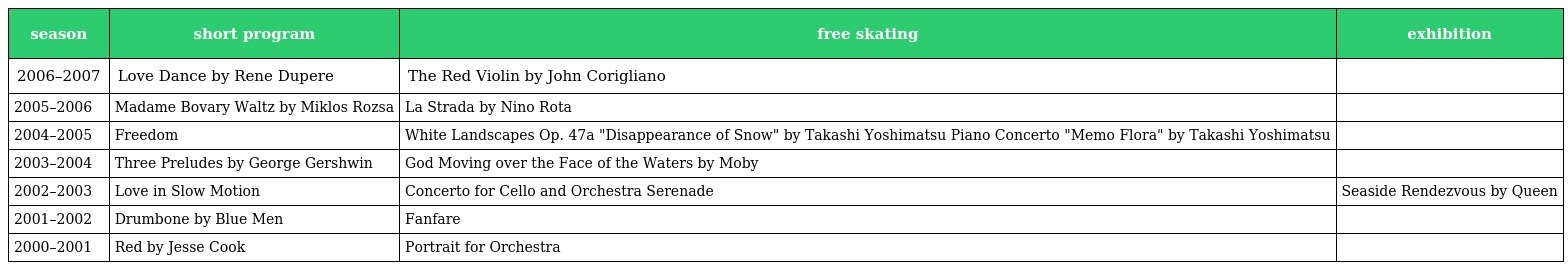
| season | short program | free skating | exhibition |
 | --- | --- | --- | --- |
 | 2006–2007 | Love Dance by Rene Dupere | The Red Violin by John Corigliano |  |
 | 2005–2006 | Madame Bovary Waltz by Miklos Rozsa | La Strada by Nino Rota |  |
 | 2004–2005 | Freedom | White Landscapes Op. 47a "Disappearance of Snow" by Takashi Yoshimatsu Piano Concerto "Memo Flora" by Takashi Yoshimatsu |  |
 | 2003–2004 | Three Preludes by George Gershwin | God Moving over the Face of the Waters by Moby |  |
 | 2002–2003 | Love in Slow Motion | Concerto for Cello and Orchestra Serenade | Seaside Rendezvous by Queen |
 | 2001–2002 | Drumbone by Blue Men | Fanfare |  |
 | 2000–2001 | Red by Jesse Cook | Portrait for Orchestra |  |